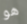
هو